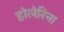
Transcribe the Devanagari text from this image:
होलेरिना